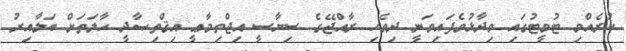
ކުރެއްވި ޓުވީޓުގައި ވިދާޅުވެފައިވަނީ ދިވެހި ރާއްޖޭގެ ސިޔާސީ އިޖްތިމާޢީ އިޤްތިޞާދީ ޙާލަތަށް ބަލާއިރު